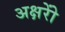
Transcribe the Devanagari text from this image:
अक्षरोें